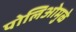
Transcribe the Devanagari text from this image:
पोलिओमुळे